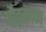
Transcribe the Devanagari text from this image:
गौड़काव्य